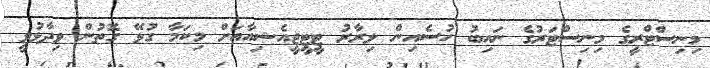
މިނިސްޓްރީގެ މިނިސްޓަރުގެ ނައިބު ހުސެއިން ލިރާރު ޓީޓީޖީއެޝިއާއަށް މިކަމާ ގުޅޭ ގޮތުން ވިދާޅުވީ